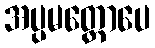
အပ္ပမတ္တောပေ